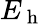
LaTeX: E_{\mathrm{~h~}}